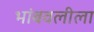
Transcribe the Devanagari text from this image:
भांबवलीला